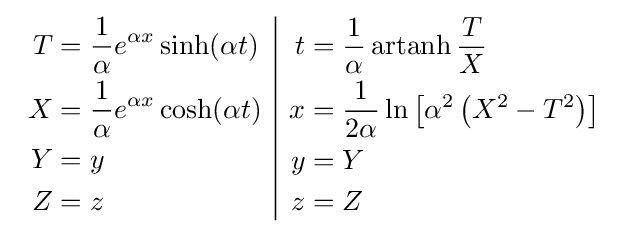
{\begin{array}{c|c}{\begin{aligned}T&={\frac {1}{\alpha }}e^{\alpha x}\sinh(\alpha t)\\X&={\frac {1}{\alpha }}e^{\alpha x}\cosh(\alpha t)\\Y&=y\\Z&=z\end{aligned}}&{\begin{aligned}t&={\frac {1}{\alpha }}\operatorname {artanh} {\frac {T}{X}}\\x&={\frac {1}{2\alpha }}\ln \left[\alpha {}^{2}\left(X^{2}-T^{2}\right)\right]\\y&=Y\\z&=Z\end{aligned}}\end{array}}